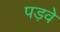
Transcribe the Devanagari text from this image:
पड़वे